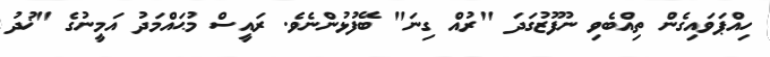
ހިއްޕަވައިގެން ތިއްބެވި ނުފޫޒުގަދަ "ރުއް ގިނަ" ބޭފުޅުންނެވެ. ރައީސް މުޙައްމަދު އަމީނުގެ "ޚުދު